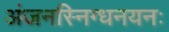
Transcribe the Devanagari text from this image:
अंजनस्निग्धनयनः